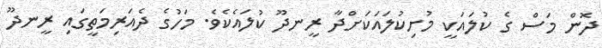
ދޮން މަސް ގެ ކުލައަކީ މުށިކުލައަކަށްދާ ރީނދޫ ކުލައެކެވެ. މަހުގެ ދެއަރިމަތީގައި ރީނދޫ